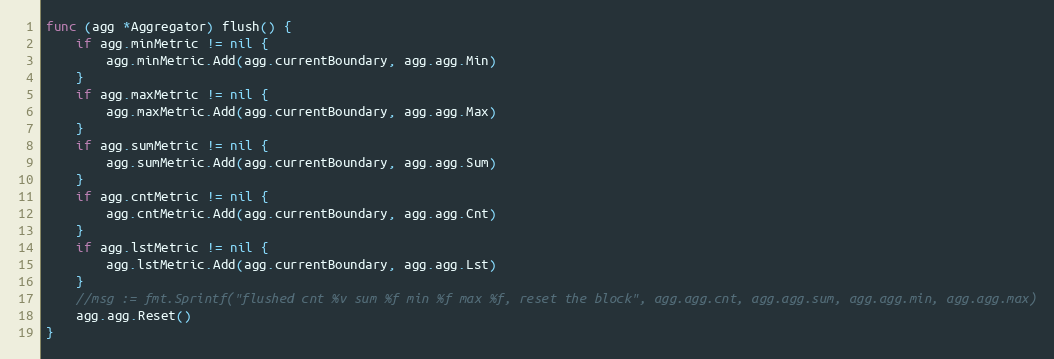
Language: Go
func (agg *Aggregator) flush() {
	if agg.minMetric != nil {
		agg.minMetric.Add(agg.currentBoundary, agg.agg.Min)
	}
	if agg.maxMetric != nil {
		agg.maxMetric.Add(agg.currentBoundary, agg.agg.Max)
	}
	if agg.sumMetric != nil {
		agg.sumMetric.Add(agg.currentBoundary, agg.agg.Sum)
	}
	if agg.cntMetric != nil {
		agg.cntMetric.Add(agg.currentBoundary, agg.agg.Cnt)
	}
	if agg.lstMetric != nil {
		agg.lstMetric.Add(agg.currentBoundary, agg.agg.Lst)
	}
	//msg := fmt.Sprintf("flushed cnt %v sum %f min %f max %f, reset the block", agg.agg.cnt, agg.agg.sum, agg.agg.min, agg.agg.max)
	agg.agg.Reset()
}